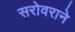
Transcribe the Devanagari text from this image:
सरोवराने